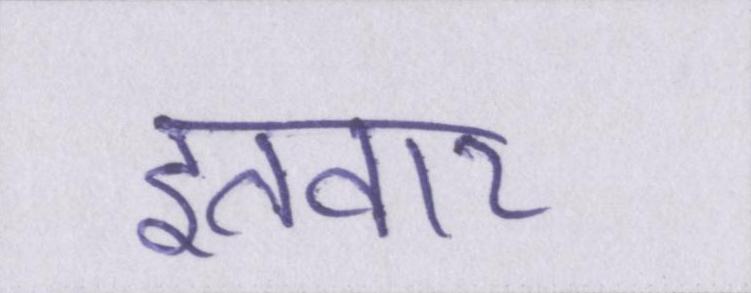
इतवार